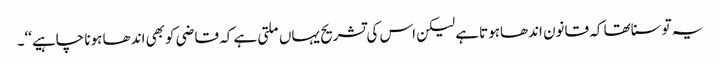
یہ توسناتھا کہ قانون اندھاہوتاہے لیکن اس کی تشریح یہاں ملتی ہے کہ قاضی کوبھی اندھا ہونا چاہیے‘‘۔